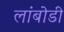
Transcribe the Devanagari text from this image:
लांबोडी